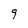
Character: 9